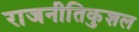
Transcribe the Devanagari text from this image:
राजनीतिकुशल